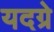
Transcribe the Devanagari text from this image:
यदग्रे